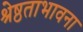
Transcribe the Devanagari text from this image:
श्रेष्ठताभावना